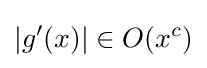
\left|g'(x)\right|\in O(x^{c})